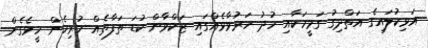
އަޅިކުލައިގެ އަތްދިގު ގަމީހަކާއި ހުދު ހަރުވާޅެއްގައި ޒަކްވާން ކުޑަ ތަފާތެއް ހުރިހެން ހީވެގެން